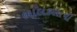
બાલકલાપી